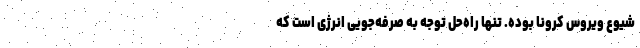
شیوع ویروس کرونا بوده. تنها راه‌حل توجه به صرفه‌جویی انرژی است که